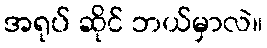
အရုပ် ဆိုင် ဘယ်မှာလဲ။